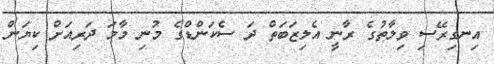
އިނގިރޭސި ވިލާތުގެ ރާނީ އެލިޒަބަތް ދަ ސެކަންޑްގެ މުނި މާމަ ދަރިއަށް ކިޔަން